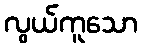
လွယ်ကူသော